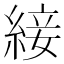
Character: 𦁉